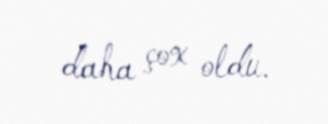
daha çox oldu.